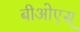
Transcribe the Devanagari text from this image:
बीओएस्